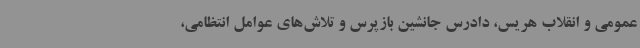
عمومی و انقلاب هریس، دادرس جانشین بازپرس و تلاش‌های عوامل انتظامی،